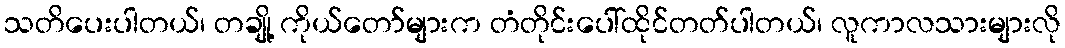
သတိပေးပါတယ်၊ တချို့ ကိုယ်တော်များက တံတိုင်းပေါ်ထိုင်တတ်ပါတယ်၊ လူကာလသားများလို